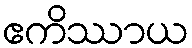
ဧကိဿာယ